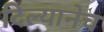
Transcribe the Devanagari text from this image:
दिल्यानेच